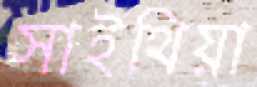
সাইথিয়া